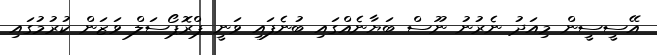
އޭސީސީން މިއަދު ނެރުނު ނޫސް ބަޔާނެއްގައި ބުނެފައި ވަނީ ޕްރޮޕޯސަލް ވަޒަން ކުރުމުގައި